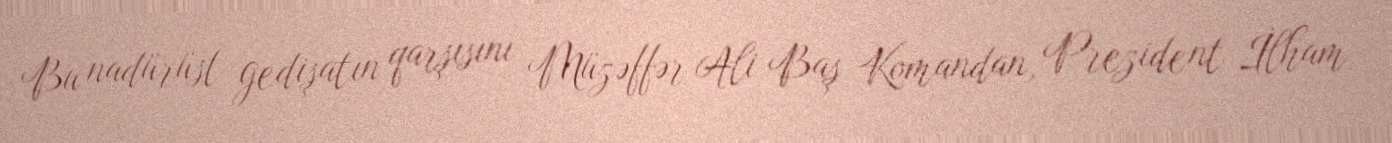
Bu nadürüst gedişatın qarşısını Müzəffər Ali Baş Komandan, Prezident İlham